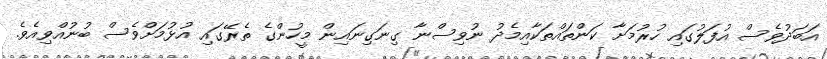
އަބަދުވެސް އުފަލުގައި ހުރުމަށާ ކަންތައްތަކާއިމެދު ނުވިސްނާ ގިނަގިނައިން މީހުންގެ ތެރޭގައި އުޅުމަށްވެސް ބުނުއްވިއެވެ.